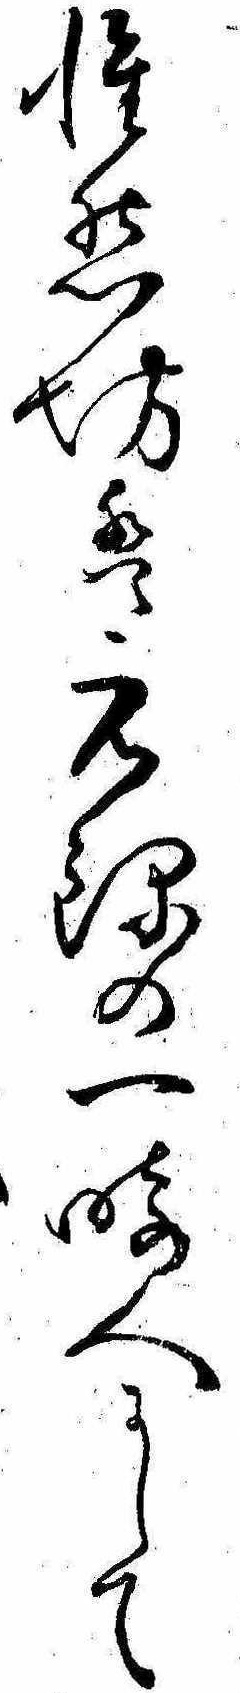
惟然は元禄の一畸人にして